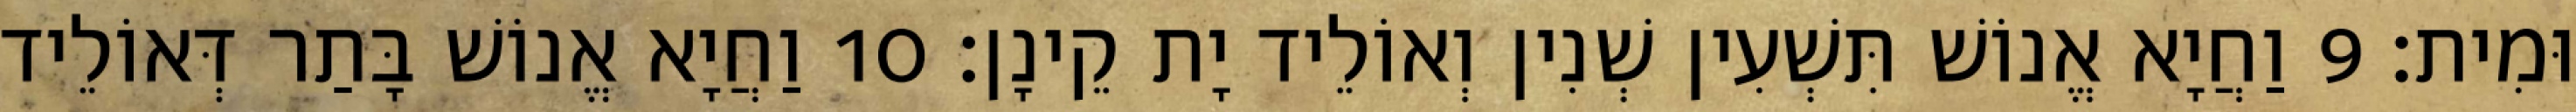
וּמִית׃ 9 וַחֲיָא אֱנוֹשׁ תִּשְׁעִין שְׁנִין וְאוֹלֵיד יָת קֵינָן׃ 10 וַחֲיָא אֱנוֹשׁ בָּתַר דְּאוֹלֵיד